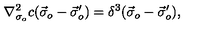
\nabla _ { \sigma _ { o } } ^ { 2 } c ( \vec { \sigma } _ { o } - \vec { \sigma } _ { o } ^ { \prime } ) = \delta ^ { 3 } ( \vec { \sigma } _ { o } - \vec { \sigma } _ { o } ^ { \prime } ) ,